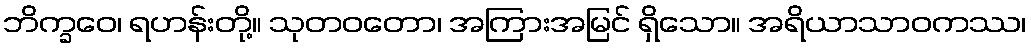
ဘိက္ခဝေ၊ ရဟန်းတို့။ သုတဝတော၊ အကြားအမြင် ရှိသော။ အရိယာသာဝကဿ၊